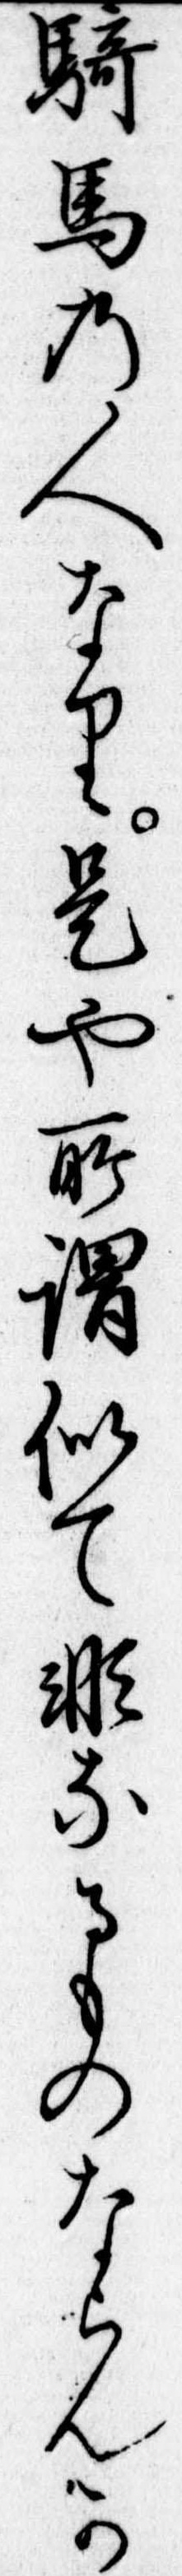
騎馬の人なり是や所謂似て非なるものならんか